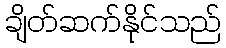
ချိတ်ဆက်နိုင်သည်